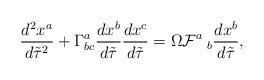
LaTeX: \begin{align*}\frac{d^2 x^a}{d\tilde{\tau}^2}+\Gamma^a_{bc}\frac{d x^b}{d\tilde{\tau}}\frac{d x^c}{d\tilde{\tau}}=\Omega{\cal F}^a\hspace*{1mm}_b\frac{d x^b}{d\tilde{\tau}},\end{align*}